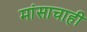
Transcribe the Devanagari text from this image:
मांसाचाही